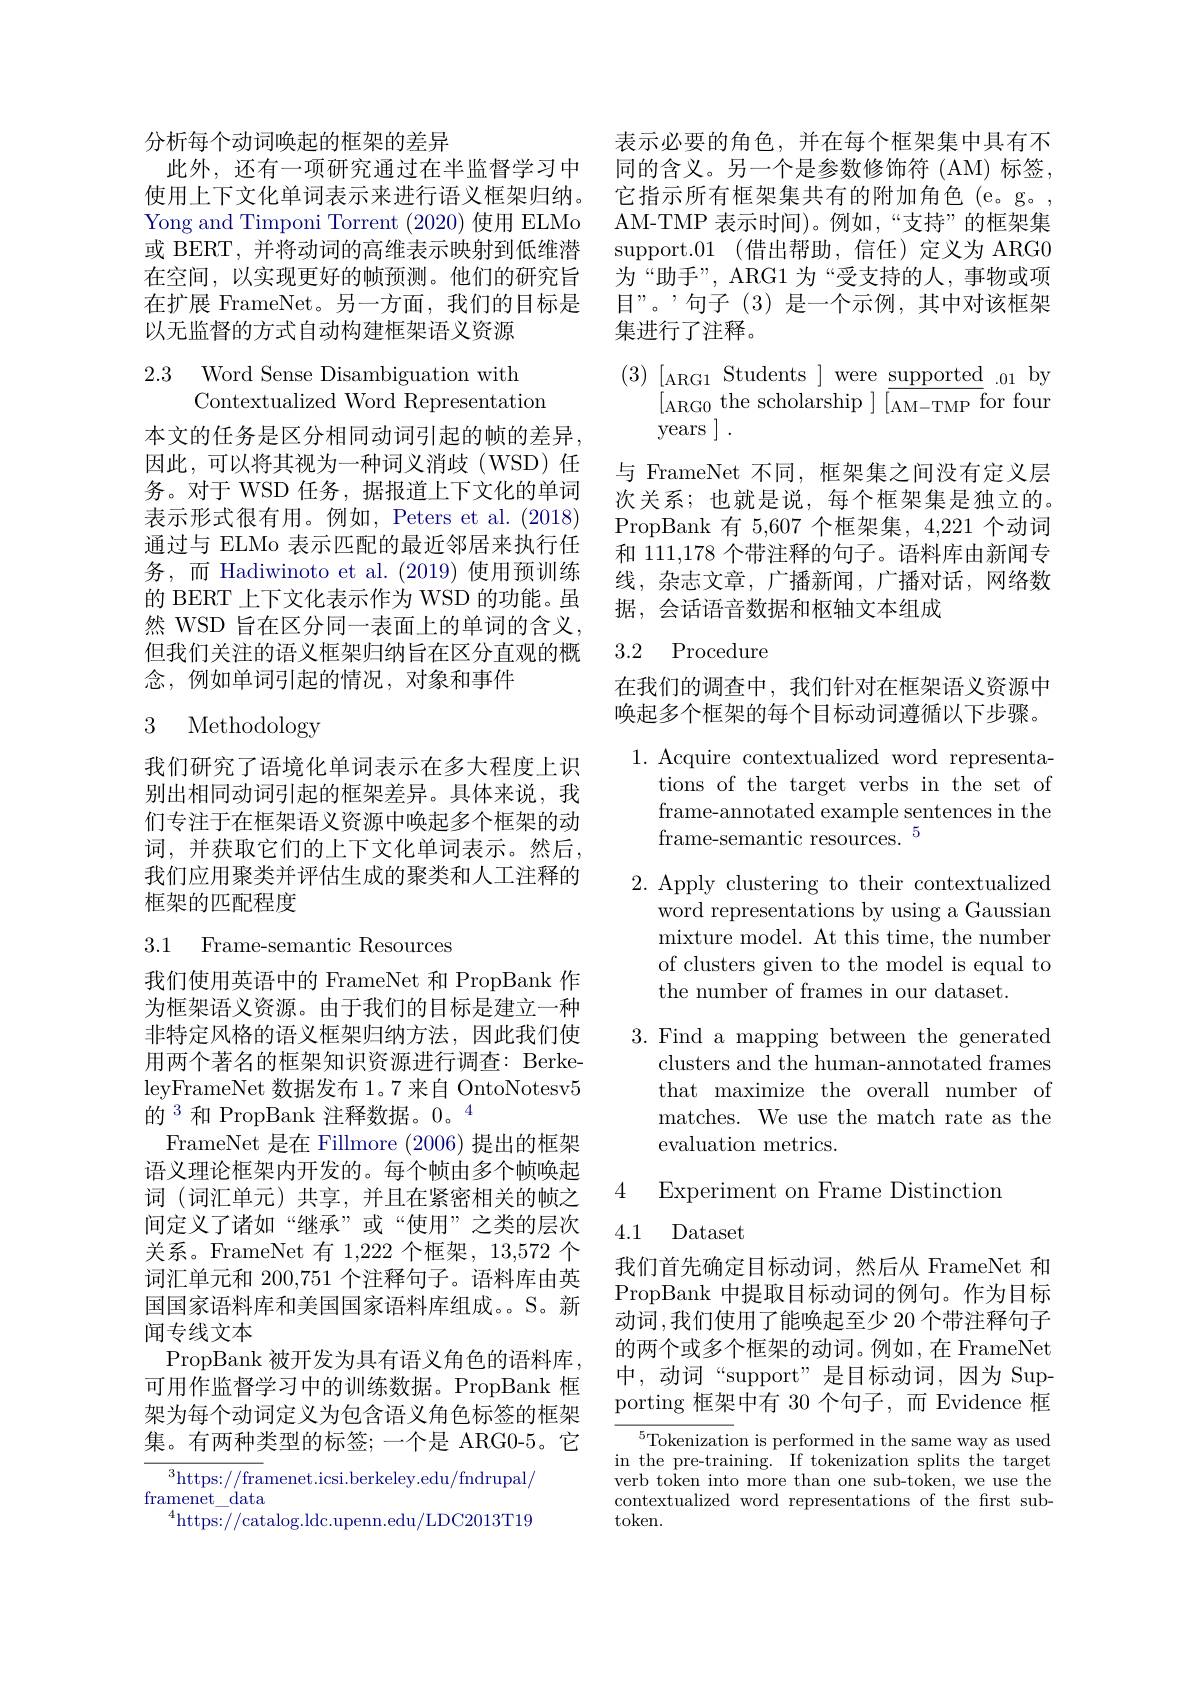
分析每个动词唤起的框架的差异
此外，还有一项研究通过在半监督学习中使用上下文化单词表示来进行语义框架归纳。Yong and Timponi Torrent (2020) 使用 ELMo 或 BERT, 并将动词的高维表示映射到低维潜在空间，以实现更好的帧预测。他们的研究旨在扩展 FrameNet。另一方面，我们的目标是以无监督的方式自动构建框架语义资源

2.3 Word Sense Disambiguation with
Contextualized Word Representation

本文的任务是区分相同动词引起的帧的差异， 因此，可以将其视为一种词义消歧(WSD)任务。对于 WSD 任务，据报道上下文化的单词表示形式很有用。例如，Peters et al. (2018) 通过与 ELMo 表示匹配的最近邻居来执行任务，而 Hadiwinoto et al.(2019) 使用预训练的 BERT 上下文化表示作为 WSD 的功能。虽然 WSD 旨在区分同一表面上的单词的含义， 但我们关注的语义框架归纳旨在区分直观的概念，例如单词引起的情况，对象和事件

# 3 Methodology

我们研究了语境化单词表示在多大程度上识别出相同动词引起的框架差异。具体来说，我们专注于在框架语义资源中唤起多个框架的动词，并获取它们的上下文化单词表示。然后， 我们应用聚类并评估生成的聚类和人工注释的框架的匹配程度

3.1 Frame-semantic Resources

我们使用英语中的 FrameNet 和 PropBank 作为框架语义资源。由于我们的目标是建立一种非特定风格的语义框架归纳方法，因此我们使用两个著名的框架知识资源进行调查：BerkeleyFrameNet 数据发布 1。7 来自 OntoNotesv5的$^{3}$ 和 PropBank 注释数据。0。4
FrameNet 是在 Fillmore (2006)提出的框架语义理论框架内开发的。每个帧由多个帧唤起词 (词汇单元) 共享，并且在紧密相关的帧之间定义了诸如“继承”或“使用”之类的层次关系。FrameNet 有 1,222 个框架，13,572 个词汇单元和 200,751 个注释句子。语料库由英国国家语料库和美国国家语料库组成。S。新闻专线文本
PropBank 被开发为具有语义角色的语料库， 可用作监督学习中的训练数据。PropBank 框架为每个动词定义为包含语义角色标签的框架集。有两种类型的标签；一个是 ARG0-5。它
$^{3}$https://framenet.icsi.berkeley.edu/fndrupal/
framenet$\_$data

$^{4}$https://catalog.ldc.upenn.edu/LDC2013T19

表示必要的角色，并在每个框架集中具有不同的含义。另一个是参数修饰符 (AM)标签， 它指示所有框架集共有的附加角色(e。g。, AM-TMP 表示时间)。例如，“支持”的框架集support.01 (借出帮助，信任)定义为 ARG0为“助手”, ARG1 为“受支持的人，事物或项目”。’句子(3)是一个示例，其中对该框架集进行了注释。

$\begin{array}{ll}{(3)}&{[_{\mathrm{ARG1}}\text{Students}]\mathrm{~were~supported~}}\\{[_{\mathrm{ARG0}}\mathrm{~the~scholarship~}]}&{[_{\mathrm{AM-TMP}}\mathrm{~for~four}}\end{array}$
years ].
与 FrameNet 不同，框架集之间没有定义层次关系；也就是说，每个框架集是独立的。PropBank 有 5,607 个框架集，4,221 个动词和 111,178 个带注释的句子。语料库由新闻专线，杂志文章，广播新闻，广播对话，网络数据，会话语音数据和枢轴文本组成

## 3.2 Procedure

在我们的调查中，我们针对在框架语义资源中唤起多个框架的每个目标动词遵循以下步骤。

1. Acquire contextualized word representa-
tions of the target verbs in the set of frame-annotated example sentences in the frame-semantic resources. $^{5}$

2. Apply clustering to their contextualized
word representations by using a Gaussian mixture model. At this time, the number of clusters given to the model is equal to the number of frames in our dataset.

3. Find a mapping between the generated
clusters and the human-annotated frames that maximize the overall number of matches. We use the match rate as the evaluation metrics.

4 Experiment on Frame Distinction

## 4.1 Dataset

我们首先确定目标动词，然后从 FrameNet 和PropBank 中提取目标动词的例句。作为目标动词，我们使用了能唤起至少 20 个带注释句子的两个或多个框架的动词。例如，在 FrameNet 中，动词“support”是目标动词，因为 Supporting 框架中有 30 个句子，而 Evidence 框

${^{5}\text{Tokenization is performed in the same way as used}}$ in the pre-training. If tokenization splits the target verb token into more than one sub-token, we use the contextualized word representations of the frst subtoken.